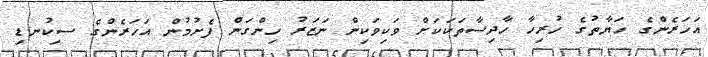
އަހަރެންގެ ހަޔާތުގެ ހުރިހާ ހާދިސާތަކަކަށް ވަކިވަކިން ނަޒަރު ހިންގަން ފެށުމުން އަހަރެންގެ ސިކުނޑި